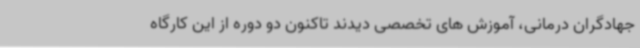
جهادگران درمانی، آموزش های تخصصی دیدند تاکنون دو دوره از این کارگاه